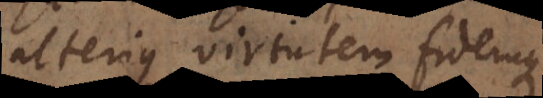
alterius virtutem fidemque